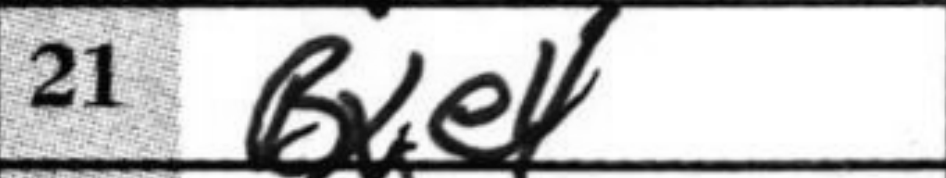
Transcription: Bxe4